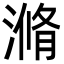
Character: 滫